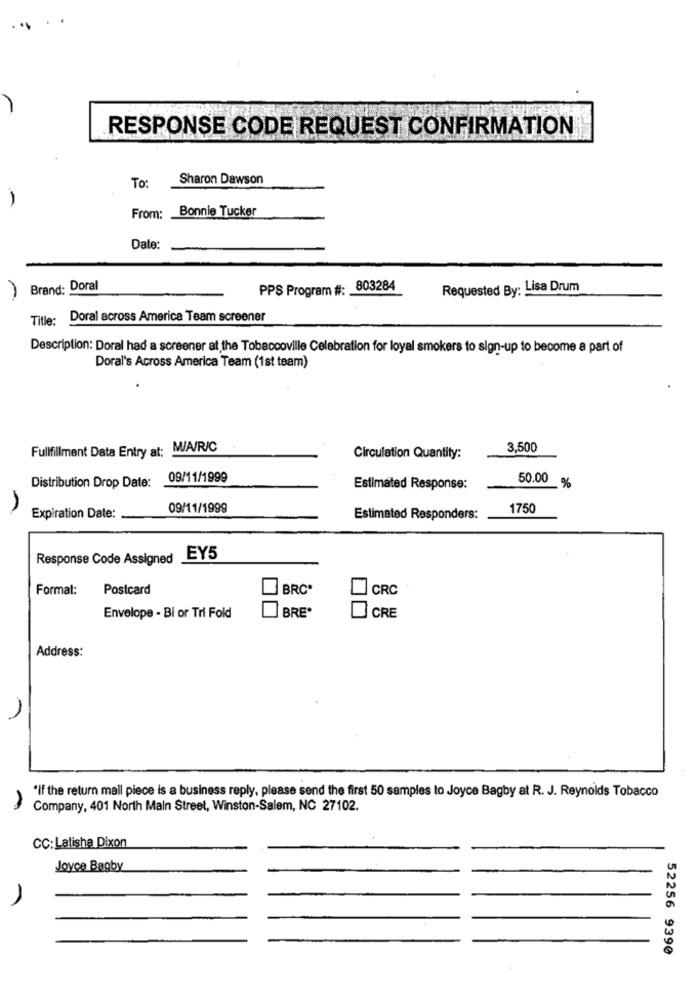
RESPONSE CODE REQUEST CONFIRMATION
To:
Sharon Dawson
-
Bonnie Tucker
From:
Date:
Brand: Doral
PPS Program #: 803284
Requested By: Lisa Drum
Title: Doral across America Team screener
Description: Doral had a screener at the Tobaccoville Celebration for loyal smokers to sign-up to become a part of
Doral's Across America Team (1st team)
Fullfillment Data Entry at: M/A/R/C
3,500
Circulation Quantity:
Distribution Drop Date: 09/11/1999
Estimated Response:
50.00 %
A
09/11/1999
1750
Expiration Date:
Estimated Responders:
Response Code Assigned EY5
Format:
Postcard
BRC
CRC
BRE.
CRE
Envelope - Bi or Tri Fold
Address:
1
"If the return mail piece is a business reply, please send the first 50 samples to Joyce Bagby at R. J. Reynolds Tobacco
Company, 401 North Main Street, Winston-Salem, NC 27102.
CC:Latisha Dixon
Joyce Bagby
52256 9390